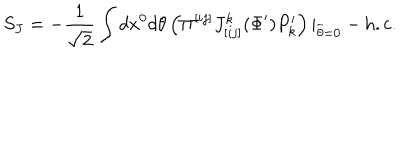
S _ { J } = - { \frac { 1 } { \sqrt 2 } } \int d x ^ { 0 } d \theta \left( \Pi ^ { [ i j ] } J _ { [ i j ] } ^ { k } ( \Phi ^ { \prime } ) P _ { k } ^ { \prime } \right) | _ { \overline { { { \theta } } } = 0 } - \mathrm { h . c . }